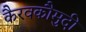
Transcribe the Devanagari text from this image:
कैरवकौमुदी